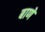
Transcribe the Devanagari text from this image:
बाणे